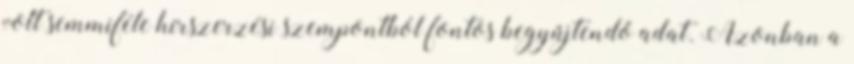
volt semmiféle hírszerzési szempontból fontos begyűjtendő adat. Azonban a